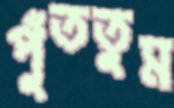
পুঁততুম